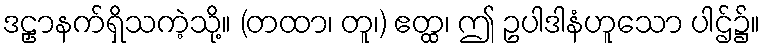
ဒဠှာနက်ရှိသကဲ့သို့။ (တထာ၊ တူ၊) ဧတ္ထ၊ ဤ ဥပါဒါနံဟူသော ပါဌ်၌။